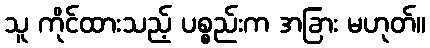
သူ ကိုင်ထားသည့် ပစ္စည်းက အခြား မဟုတ်။